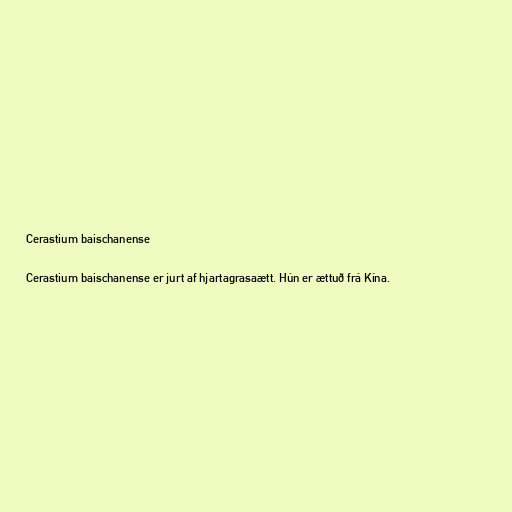
Cerastium baischanense

Cerastium baischanense er jurt af hjartagrasaætt. Hún er ættuð frá Kína.